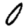
Digit: 0